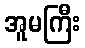
အူမကြီး